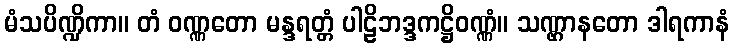
မံသပိဏ္ဍိကာ။ တံ ဝဏ္ဏတော မန္ဒရတ္တံ ပါဠိဘဒ္ဒကဋ္ဌိဝဏ္ဏံ။ သဏ္ဌာနတော ဒါရကာနံ